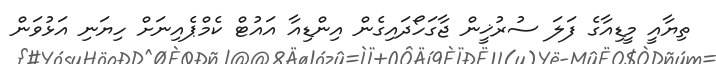
ތިޔާއީ މީޑިއާގެ ފަލަ ސުރުޚީން ޖާގަހޯދައިގެން އިންޑިއާ އައުޓް ކެމްޕެއިނަށް ހިޔަނި އަޅުވަަަން